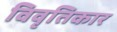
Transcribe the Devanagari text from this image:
विवृतिकार